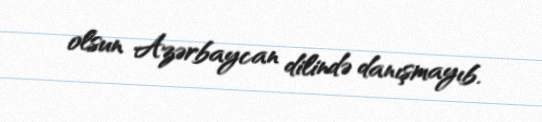
olsun Azərbaycan dilində danışmayıb.